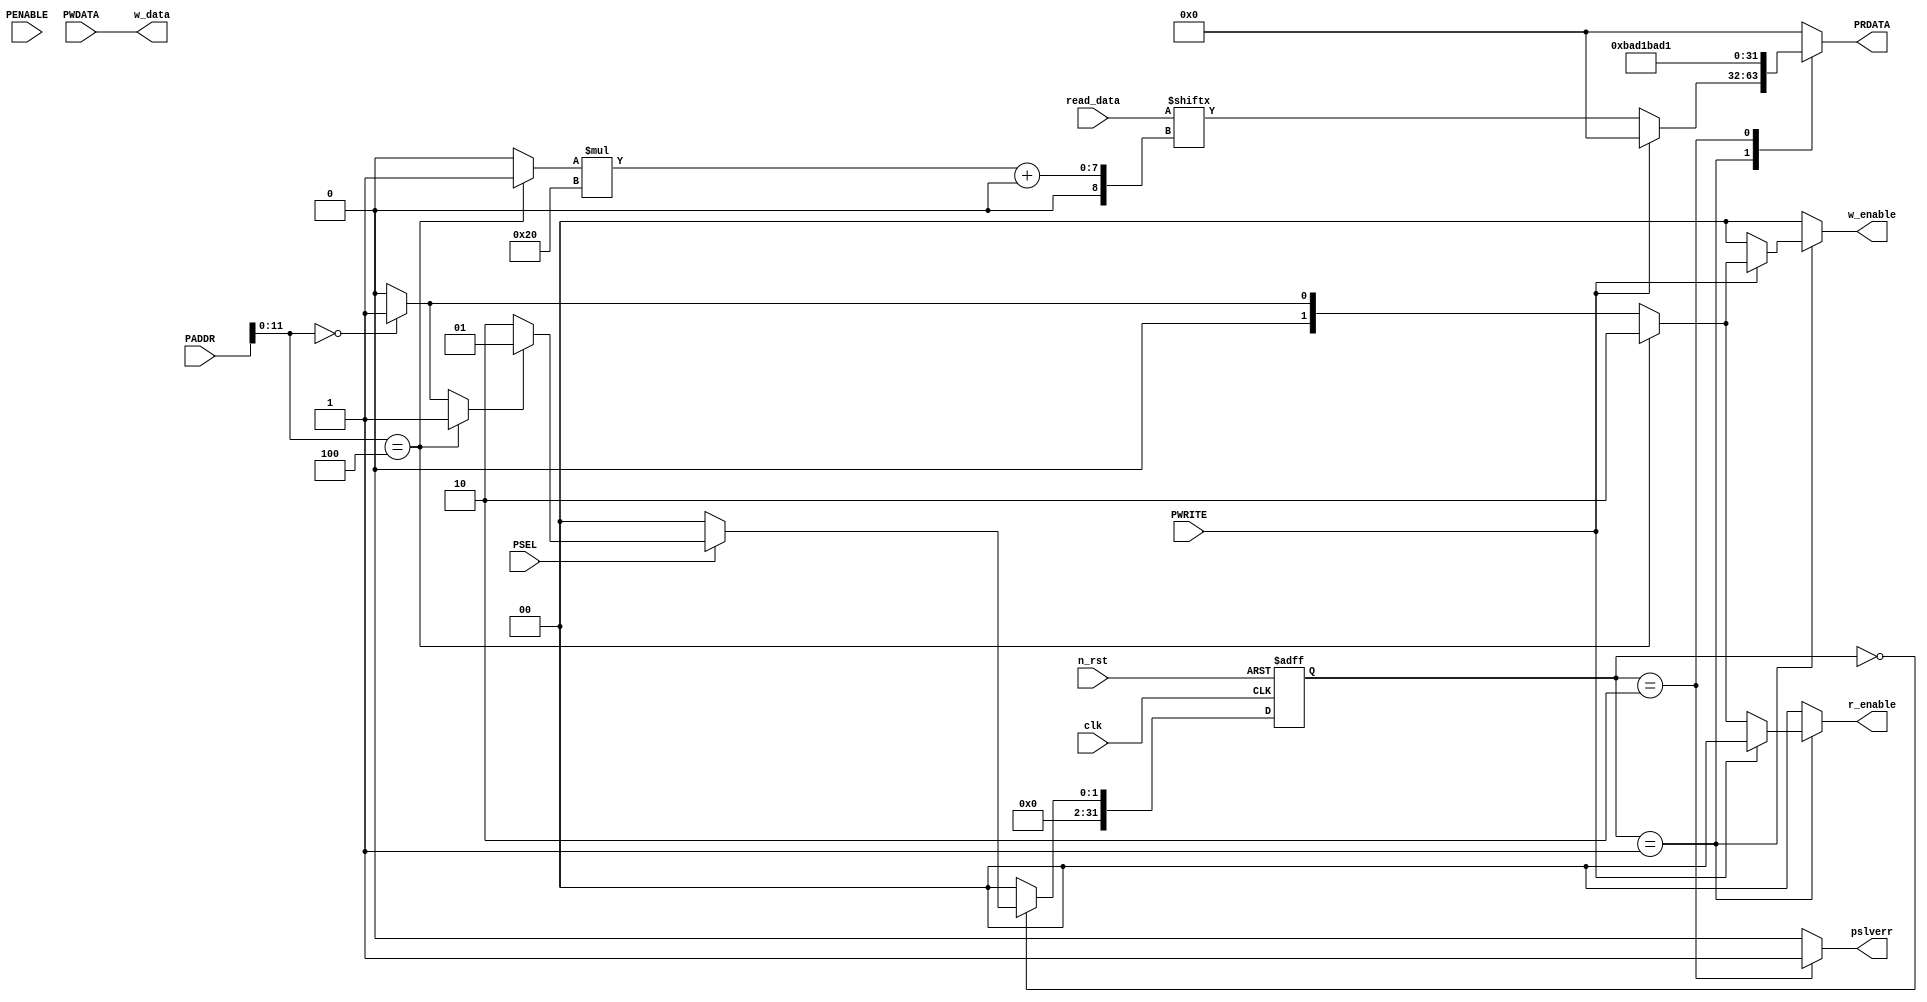
module GPIO_SlaveInterface (
	clk,
	n_rst,
	PADDR,
	PWDATA,
	PENABLE,
	PWRITE,
	PSEL,
	PRDATA,
	pslverr,
	read_data,
	w_enable,
	r_enable,
	w_data
);
	parameter NUM_REGS = 2;
	parameter ADDR_OFFSET = 11'h000;
	input wire clk;
	input wire n_rst;
	input wire [31:0] PADDR;
	input wire [31:0] PWDATA;
	input wire PENABLE;
	input wire PWRITE;
	input wire PSEL;
	output wire [31:0] PRDATA;
	output wire pslverr;
	input wire [(NUM_REGS * 32) - 1:0] read_data;
	output wire [NUM_REGS - 1:0] w_enable;
	output wire [NUM_REGS - 1:0] r_enable;
	output wire [31:0] w_data;
	localparam BYTES_PER_WORD = 4;
	localparam NUM_REGS_WIDTH = $clog2(NUM_REGS);
	reg [31:0] state;
	reg [31:0] nextstate;
	reg [NUM_REGS:0] w_enable_reg;
	reg [NUM_REGS:0] r_enable_reg;
	reg [31:0] prdata_reg;
	reg pslverr_reg;
	reg address_match;
	reg [NUM_REGS - 1:0] address_sel;
	reg [NUM_REGS_WIDTH - 1:0] address_index;
	reg [NUM_REGS - 1:0] i;
	wire [11:0] slave_reg;
	reg [NUM_REGS - 1:0] addr_sel_preshift;
	assign w_enable = w_enable_reg;
	assign r_enable = r_enable_reg;
	assign PRDATA = prdata_reg;
	assign pslverr = pslverr_reg;
	assign w_data = PWDATA;
	assign slave_reg = PADDR[11:0];
	always @(*) begin
		address_match = 1'b0;
		address_sel = 0;
		address_index = 0;
		addr_sel_preshift = 1;
		for (i = 0; i < NUM_REGS; i = i + 1)
			if (slave_reg == ($unsigned(i * BYTES_PER_WORD) + $unsigned(ADDR_OFFSET))) begin
				address_match = 1'b1;
				address_sel = addr_sel_preshift << i;
				address_index = i;
			end
	end
	localparam [31:0] IDLE = 0;
	always @(posedge clk or negedge n_rst)
		if (n_rst == 0)
			state <= IDLE;
		else
			state <= nextstate;
	localparam [31:0] ACCESS = 1;
	localparam [31:0] ERROR = 2;
	always @(*)
		case (state)
			IDLE:
				if (PSEL == 1) begin
					if (address_match)
						nextstate = ACCESS;
					else
						nextstate = ERROR;
				end
				else
					nextstate = IDLE;
			ACCESS: nextstate = IDLE;
			ERROR: nextstate = IDLE;
			default: nextstate = IDLE;
		endcase
	always @(*)
		case (state)
			IDLE: begin
				w_enable_reg = 0;
				r_enable_reg = 0;
				prdata_reg = 0;
				pslverr_reg = 1'b0;
			end
			ACCESS:
				if (PWRITE == 1) begin
					w_enable_reg = address_sel;
					r_enable_reg = 0;
					prdata_reg = 0;
					pslverr_reg = 0;
				end
				else begin
					w_enable_reg = 0;
					r_enable_reg = address_sel;
					prdata_reg = read_data[address_index * 32+:32];
					pslverr_reg = 1'b0;
				end
			ERROR: begin
				w_enable_reg = 0;
				r_enable_reg = 0;
				prdata_reg = 32'hbad1bad1;
				pslverr_reg = 1'b1;
			end
			default: begin
				w_enable_reg = 0;
				r_enable_reg = 0;
				prdata_reg = 0;
				pslverr_reg = 0;
			end
		endcase
endmodule